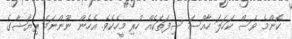
ކޮންމެ ވެސް ކަހަލަ ހާއްސަ ސިފަތަކެއް ހުރި މީހެކެވެ. އެހެން ނޫންނަމަ ރިޔާޝާގެ